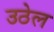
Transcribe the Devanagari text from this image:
उठेल